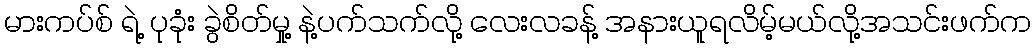
မားကပ်စ် ရဲ့ ပုခုံး ခွဲစိတ်မှု့ နဲ့ပက်သက်လို့ လေးလခန့် အနားယူရလိမ့်မယ်လို့အသင်းဖက်က